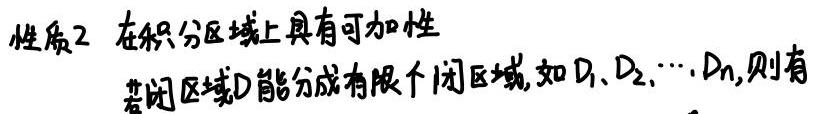
性质2 在积分区域上具有可加性

若闭区域$D$能分成有限个闭区域, 如$D_1,D_2,\cdots,D_n$, 则有